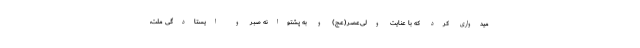
میدواری کرد که با عنایت ولی‌عصر(عج) و به پشتوانه صبر و ایستادگی ملت،